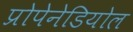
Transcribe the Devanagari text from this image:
प्रोपेनेडियोल